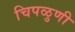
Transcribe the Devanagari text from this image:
चिपळुणी